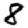
Digit: 8